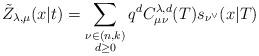
LaTeX: \begin{align*}\tilde{Z}_{\lambda ,\mu }(x|t)=\sum_{\substack{ \nu \in (n,k) \\ d\geq 0}}q^{d}C_{\mu \nu }^{\lambda ,d}(T)s_{\nu ^{\vee }}(x|T) \end{align*}